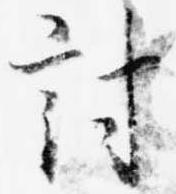
討